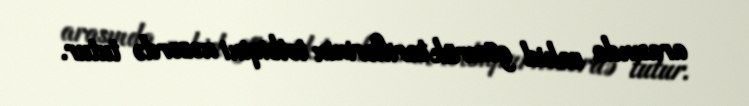
arasında vahid gömrük tariflərinin tətbiqini nəzərdə tutur.